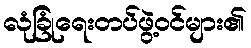
လုံခြုံရေးတပ်ဖွဲ့ဝင်များ၏